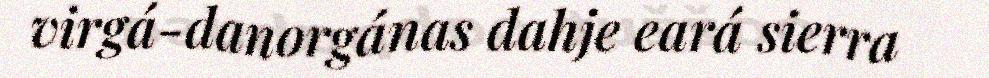
virgá-danorgánas dahje eará sierra